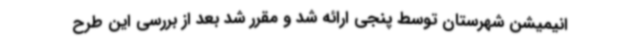
انیمیشن شهرستان توسط پنجی ارائه شد و مقرر شد بعد از بررسی این طرح